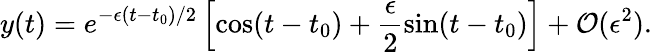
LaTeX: y(t)=e^{-\epsilon(t-t_{0})/2}\left[\cos(t-t_{0})+\frac{\epsilon}{2}\sin(t-t_{0})\right]+\mathcal{O}(\epsilon^{2}).